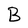
Character: B